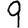
Digit: 9